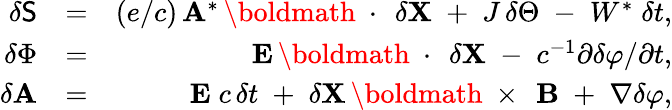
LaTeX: \begin{array}{rlr}{\delta{\sf S}}&{=}&{(e/c)\, {\mathbf A}^{*}\, \mathrm{\boldmath~\cdot~}\, \delta{\mathbf X}\; +\; J\, \delta\Theta\; -\; W^{*}\; \delta t,}\\ {\delta\Phi}&{=}&{{\mathbf E}\, \mathrm{\boldmath~\cdot~}\, \delta{\mathbf X}\; -\; c^{-1}\partial\delta\varphi/\partial t,}\\ {\delta{\mathbf A}}&{=}&{{\mathbf E}\; c\, \delta t\; +\; \delta{\mathbf X}\, \mathrm{\boldmath~\times~}\, {\mathbf B}\; +\; \nabla\delta\varphi,}\end{array}